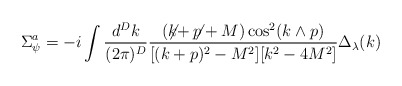
\begin{align*}\Sigma_{\psi}^a=-i\int \frac{d^Dk}{(2\pi)^D} \frac{(\not\!\! k+\not\!\! p+M)\cos^2(k\wedge p)}{[(k+p)^2-M^2][k^2 - 4 M^2]}\Delta_\lambda(k)\end{align*}